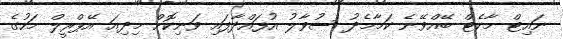
ނައިޓް މާކެޓް ބޭއްވޭނެ ކަމާމެދު ސުވާލު އުފައްދާފައި ވަނިކޮށް މިދިއަ އޭޕްރީލް މަހުގެ